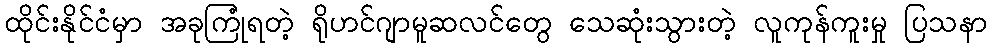
ထိုင်းနိုင်ငံမှာ အခုကြုံရတဲ့ ရိုဟင်ဂျာမူဆလင်တွေ သေဆုံးသွားတဲ့ လူကုန်ကူးမှု ပြသနာ